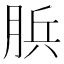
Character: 𦛼